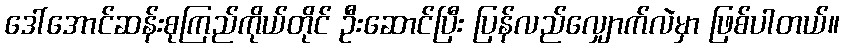
ဒေါ်အောင်ဆန်းစုကြည်ကိုယ်တိုင် ဦးဆောင်ပြီး ပြန်လည်လျှောက်လဲမှာ ဖြစ်ပါတယ်။